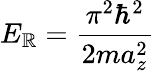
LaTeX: E_{\mathbb{R}}=\frac{{\pi^{2}\hbar^{2}}}{{2ma_{z}^{2}}}